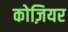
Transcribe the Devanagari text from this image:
कोज़ियर